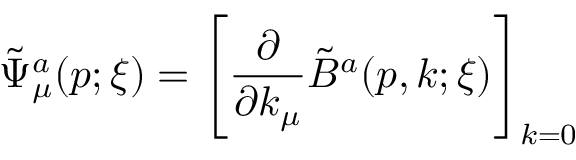
\tilde { \Psi } _ { \mu } ^ { a } ( p ; \xi ) = \left[ { \frac { \partial } { \partial k _ { \mu } } } \tilde { B } ^ { a } ( p , k ; \xi ) \right] _ { k = 0 }